Civil Veterinary Dept. North-West Frontier Province 1923-32 - 1923-1932
Year: 1923
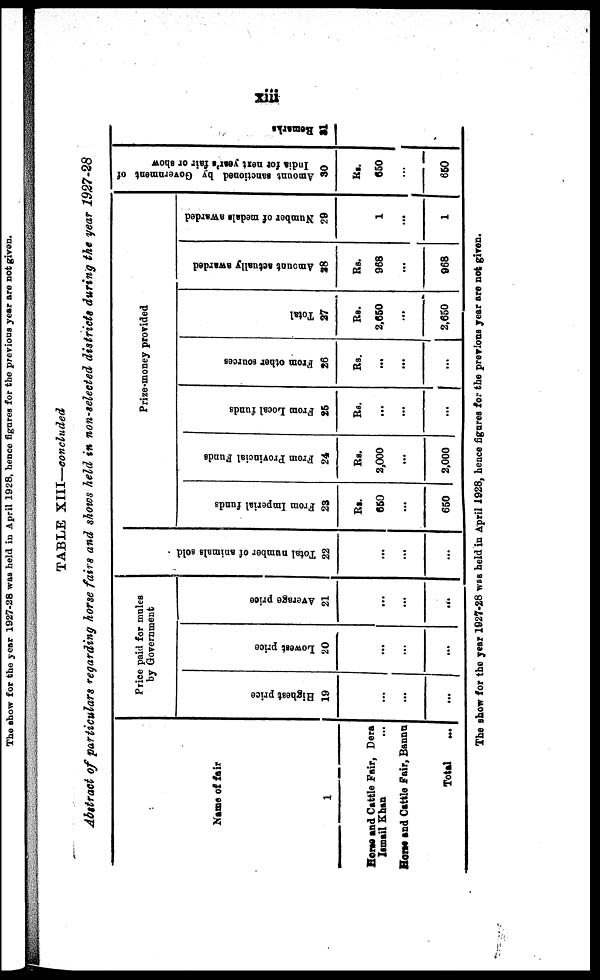
xiii
TABLE XIII—concluded
Abstract of particulars regarding horse fairs and shows held in non-selected districts during the year 1927-28
Name of fair
1
Horse and Cattle Fair, Dera
Ismail Khan ...
Horse and Cattle Fair, Bannu
Total
...
Price paid for mules
by Government
Highest price
19
...
...
...
Lowest price
20
...
...
...
Average price
21
...
...
...
Tot al number of animals sold
22
...
...
...
Prize-money provided
From Imperial funds
23
Rs.
650
...
650
From Provincial Funds
24
Rs.
2,000
...
2,000
From Local funds
25
Rs.
...
...
...
From other sources
26
Rs.
...
...
...
Total
27
Rs.
2,650
...
2,650
Amount actually awarded
28
Rs.
968
...
968
Number of medals awarded
29
1
...
1
Amount sanctioned by Government of
India for next year's fair or show
30
Rs.
650
...
650
Remarks
31
The show for the year 1927-28 was held in April 1928, hence figures for the previous year are not given.